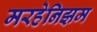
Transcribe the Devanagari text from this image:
मरहेनिझम